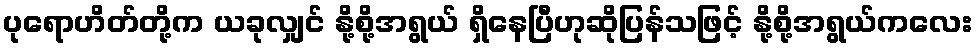
ပုရောဟိတ်တို့က ယခုလျှင် နို့စို့အရွယ် ရှိနေပြီဟုဆိုပြန်သဖြင့် နို့စို့အရွယ်ကလေး